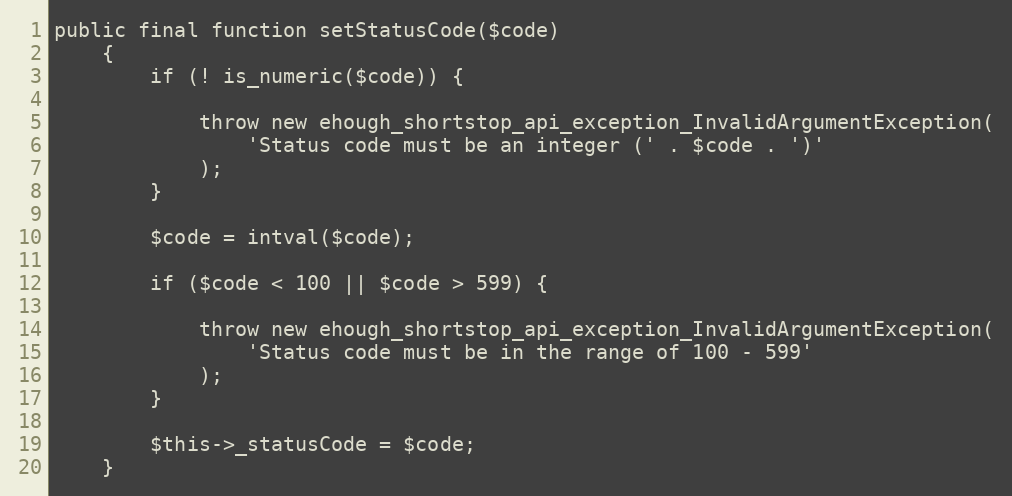
Language: PHP
public final function setStatusCode($code)
    {
        if (! is_numeric($code)) {

            throw new ehough_shortstop_api_exception_InvalidArgumentException(
                'Status code must be an integer (' . $code . ')'
            );
        }

        $code = intval($code);

        if ($code < 100 || $code > 599) {

            throw new ehough_shortstop_api_exception_InvalidArgumentException(
                'Status code must be in the range of 100 - 599'
            );
        }

        $this->_statusCode = $code;
    }